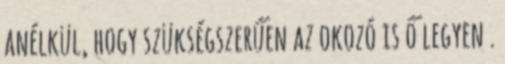
anélkül, hogy szükségszerűen az okozó is ő legyen .